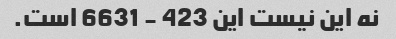
نه این نیست این 423 - 6631 است.